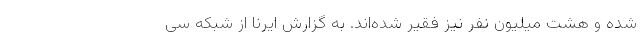
شده‌ و هشت میلیون نفر نیز فقیر شده‌اند. به گزارش ایرنا از شبکه سی